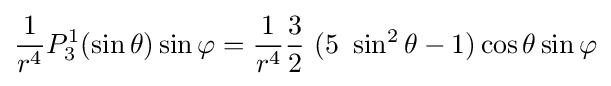
{\frac {1}{r^{4}}}P_{3}^{1}(\sin \theta )\sin \varphi ={\frac {1}{r^{4}}}{\frac {3}{2}}\ (5\ \sin ^{2}\theta -1)\cos \theta \sin \varphi